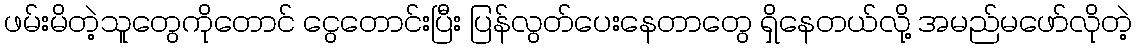
ဖမ်းမိတဲ့သူတွေကိုတောင် ငွေတောင်းပြီး ပြန်လွတ်ပေးနေတာတွေ ရှိနေတယ်လို့ အမည်မဖော်လိုတဲ့